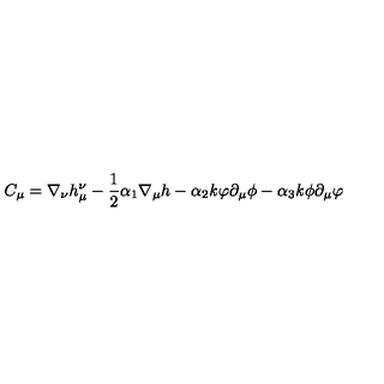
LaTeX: C _ { \mu } = \nabla _ { \nu } h _ { \mu } ^ { \nu } - \frac { 1 } { 2 } \alpha _ { 1 } \nabla _ { \mu } h - \alpha _ { 2 } { \it k } \varphi \partial _ { \mu } \phi - \alpha _ { 3 } { \it k } \phi \partial _ { \mu } \varphi